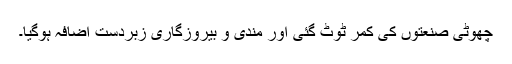
چھوٹی صنعتوں کی کمر ٹوٹ گئی اور مندی و بیروزگاری زبردست اضافہ ہوگیا۔